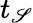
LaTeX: t_{\mathscr{S}}